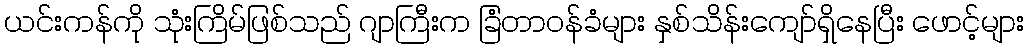
ယင်းကန်ကို သုံးကြိမ်ဖြစ်သည် ဂျာကြီးက ခြံတာဝန်ခံများ နှစ်သိန်းကျော်ရှိနေပြီး ဖောင့်များ